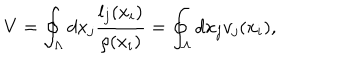
V = \oint _ { \Lambda } d x _ { j } \frac { l _ { j } ( x _ { i } ) } { \rho ( x _ { i } ) } = \oint _ { \Lambda } d x _ { j } v _ { j } ( x _ { i } ) ,